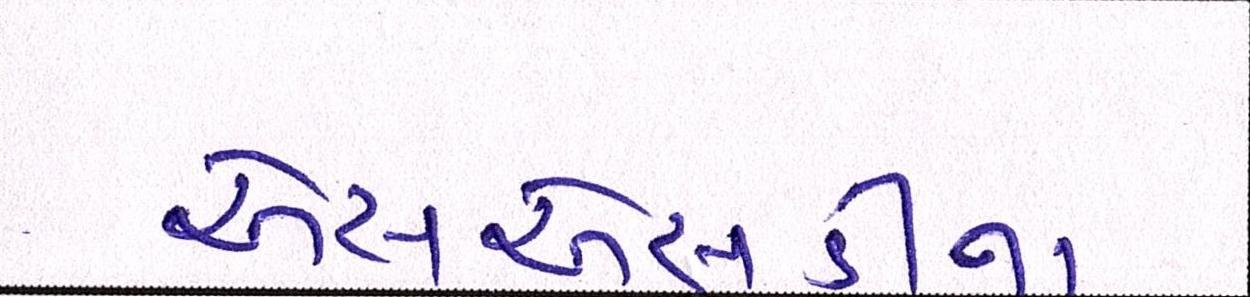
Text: એસએસડીના